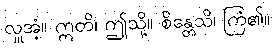
လှူအံ့။ ဣတိ၊ ဤသို့။ စိန္တေသိ၊ ကြံ၏။